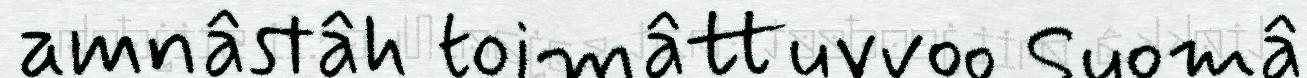
amnâstâh toimâttuvvoo Suomâ